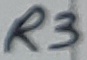
Text: R3